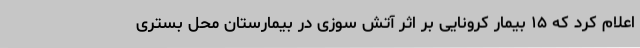
اعلام کرد که ۱۵ بیمار کرونایی بر اثر آتش سوزی در بیمارستان محل بستری